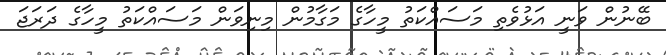
ބޭނުން ވަނީ އަޅުވެތި މަސައްކަތު މީހާގެ މަގާމުން މިނިވަން މަސައްކަތު މީހާގެ ދަރަޖަ